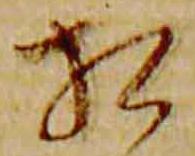
相